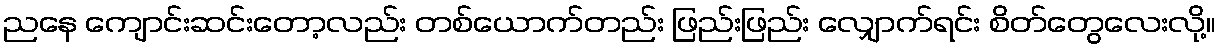
ညနေ ကျောင်းဆင်းတော့လည်း တစ်ယောက်တည်း ဖြည်းဖြည်း လျှောက်ရင်း စိတ်တွေလေးလို့။